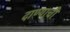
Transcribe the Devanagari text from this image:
दाण्याची